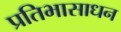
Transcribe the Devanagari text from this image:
प्रतिभासाधन